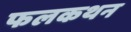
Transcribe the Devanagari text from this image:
फलकथन